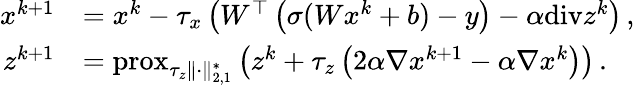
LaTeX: \begin{array}{rl}{x^{k+1}}&{=x^{k}-\tau_{x}\left(W^{\top}\left(\sigma(Wx^{k}+b)-y\right)-\alpha\mathrm{div}z^{k}\right)\, ,}\\ {z^{k+1}}&{=\mathrm{prox}_{\tau_{z}\| \cdot\| _{2,1}^{\ast}}\left(z^{k}+\tau_{z}\left(2\alpha\nabla x^{k+1}-\alpha\nabla x^{k}\right)\right)\, .}\end{array}